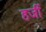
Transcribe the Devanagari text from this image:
हजीं